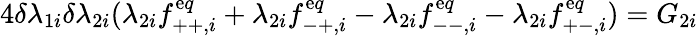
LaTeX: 4\delta\lambda_{1i}\delta\lambda_{2i}(\lambda_{2i}f_{++,i}^{\mathrm{e}q}+\lambda_{2i}f_{-+,i}^{\mathrm{e}q}-\lambda_{2i}f_{--,i}^{\mathrm{e}q}-\lambda_{2i}f_{+-,i}^{\mathrm{e}q})=G_{2i}